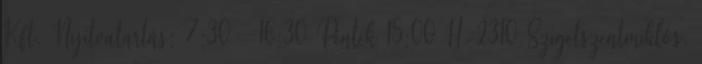
Kft. Nyitvatartás: 7:30 – 16:30 Péntek 15:00 H-2310 Szigetszentmiklós,